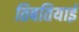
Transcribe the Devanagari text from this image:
तिबतियाई